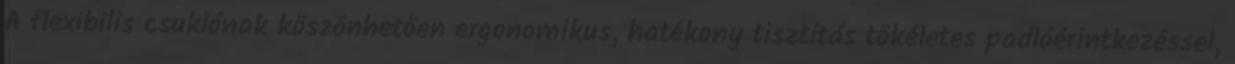
A flexibilis csuklónak köszönhetően ergonomikus, hatékony tisztítás tökéletes padlóérintkezéssel,